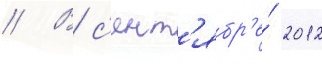
// В с'ент'ябр'е́ 2012